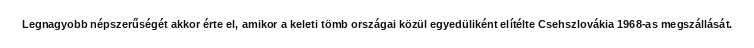
Legnagyobb népszerűségét akkor érte el, amikor a keleti tömb országai közül egyedüliként elítélte Csehszlovákia 1968-as megszállását.